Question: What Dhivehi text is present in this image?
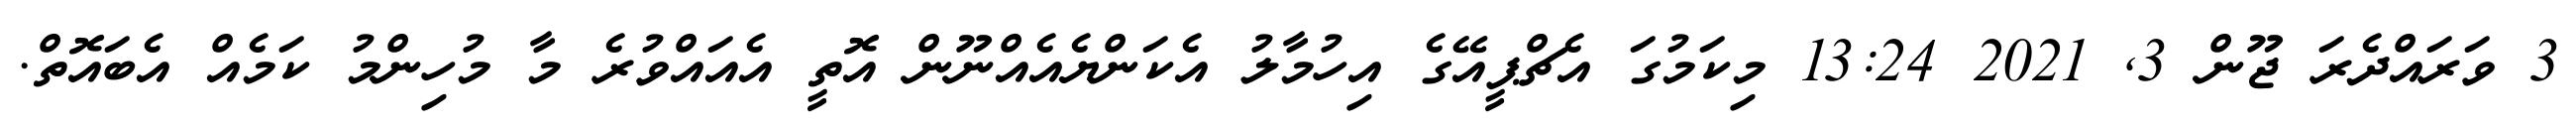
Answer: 3 ވަރައްދެރަ ޖޫން 3, 2021 13:24 މިކަމުގަ އެޗްޕީއޭގެ އިހުމާލު އެކަންޔެއެއްނޫން އޮތީ އެއައްވުރެ މާ މުހިންމު ކަމެއް އެބައޮތް.